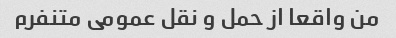
من واقعا از حمل و نقل عمومی متنفرم